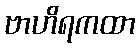
ဗာဟိရကထာ